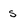
Character: s